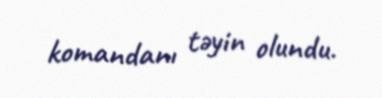
komandanı təyin olundu.